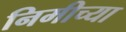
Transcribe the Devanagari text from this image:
निमीच्या